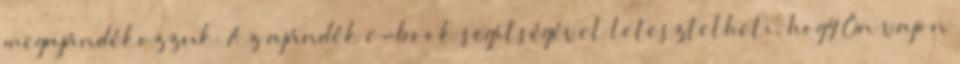
megajándékozzuk. Az ajándék e-book segítségével letesztelheti, hogy Ön vajon